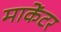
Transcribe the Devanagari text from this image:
माकेंटर